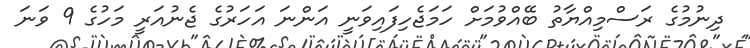
ދިނުމުގެ ރަސްމިއްޔާތު ބޭއްވުމަށް ހަމަޖެހިފައިވަނީ އަންނަ އަހަރުގެ ޖެނުއަރީ މަހުގެ 9 ވަނަ